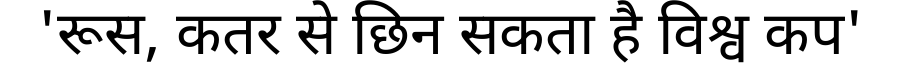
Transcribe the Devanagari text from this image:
'रूस, कतर से छिन सकता है विश्व कप'